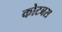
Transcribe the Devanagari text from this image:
कोटबस